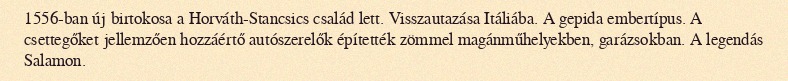
1556-ban új birtokosa a Horváth-Stancsics család lett. Visszautazása Itáliába. A gepida embertípus. A csettegőket jellemzően hozzáértő autószerelők építették zömmel magánműhelyekben, garázsokban. A legendás Salamon.